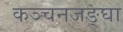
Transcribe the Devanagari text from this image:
कञ्चनजङ्घा